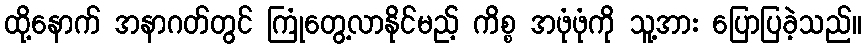
ထို့နောက် အနာဂတ်တွင် ကြုံတွေ့လာနိုင်မည့် ကိစ္စ အဖုံဖုံကို သူ့အား ပြောပြခဲ့သည်။